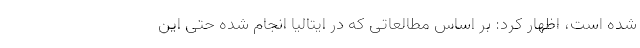
شده است، اظهار کرد: بر اساس مطالعاتی که در ایتالیا انجام شده حتی این